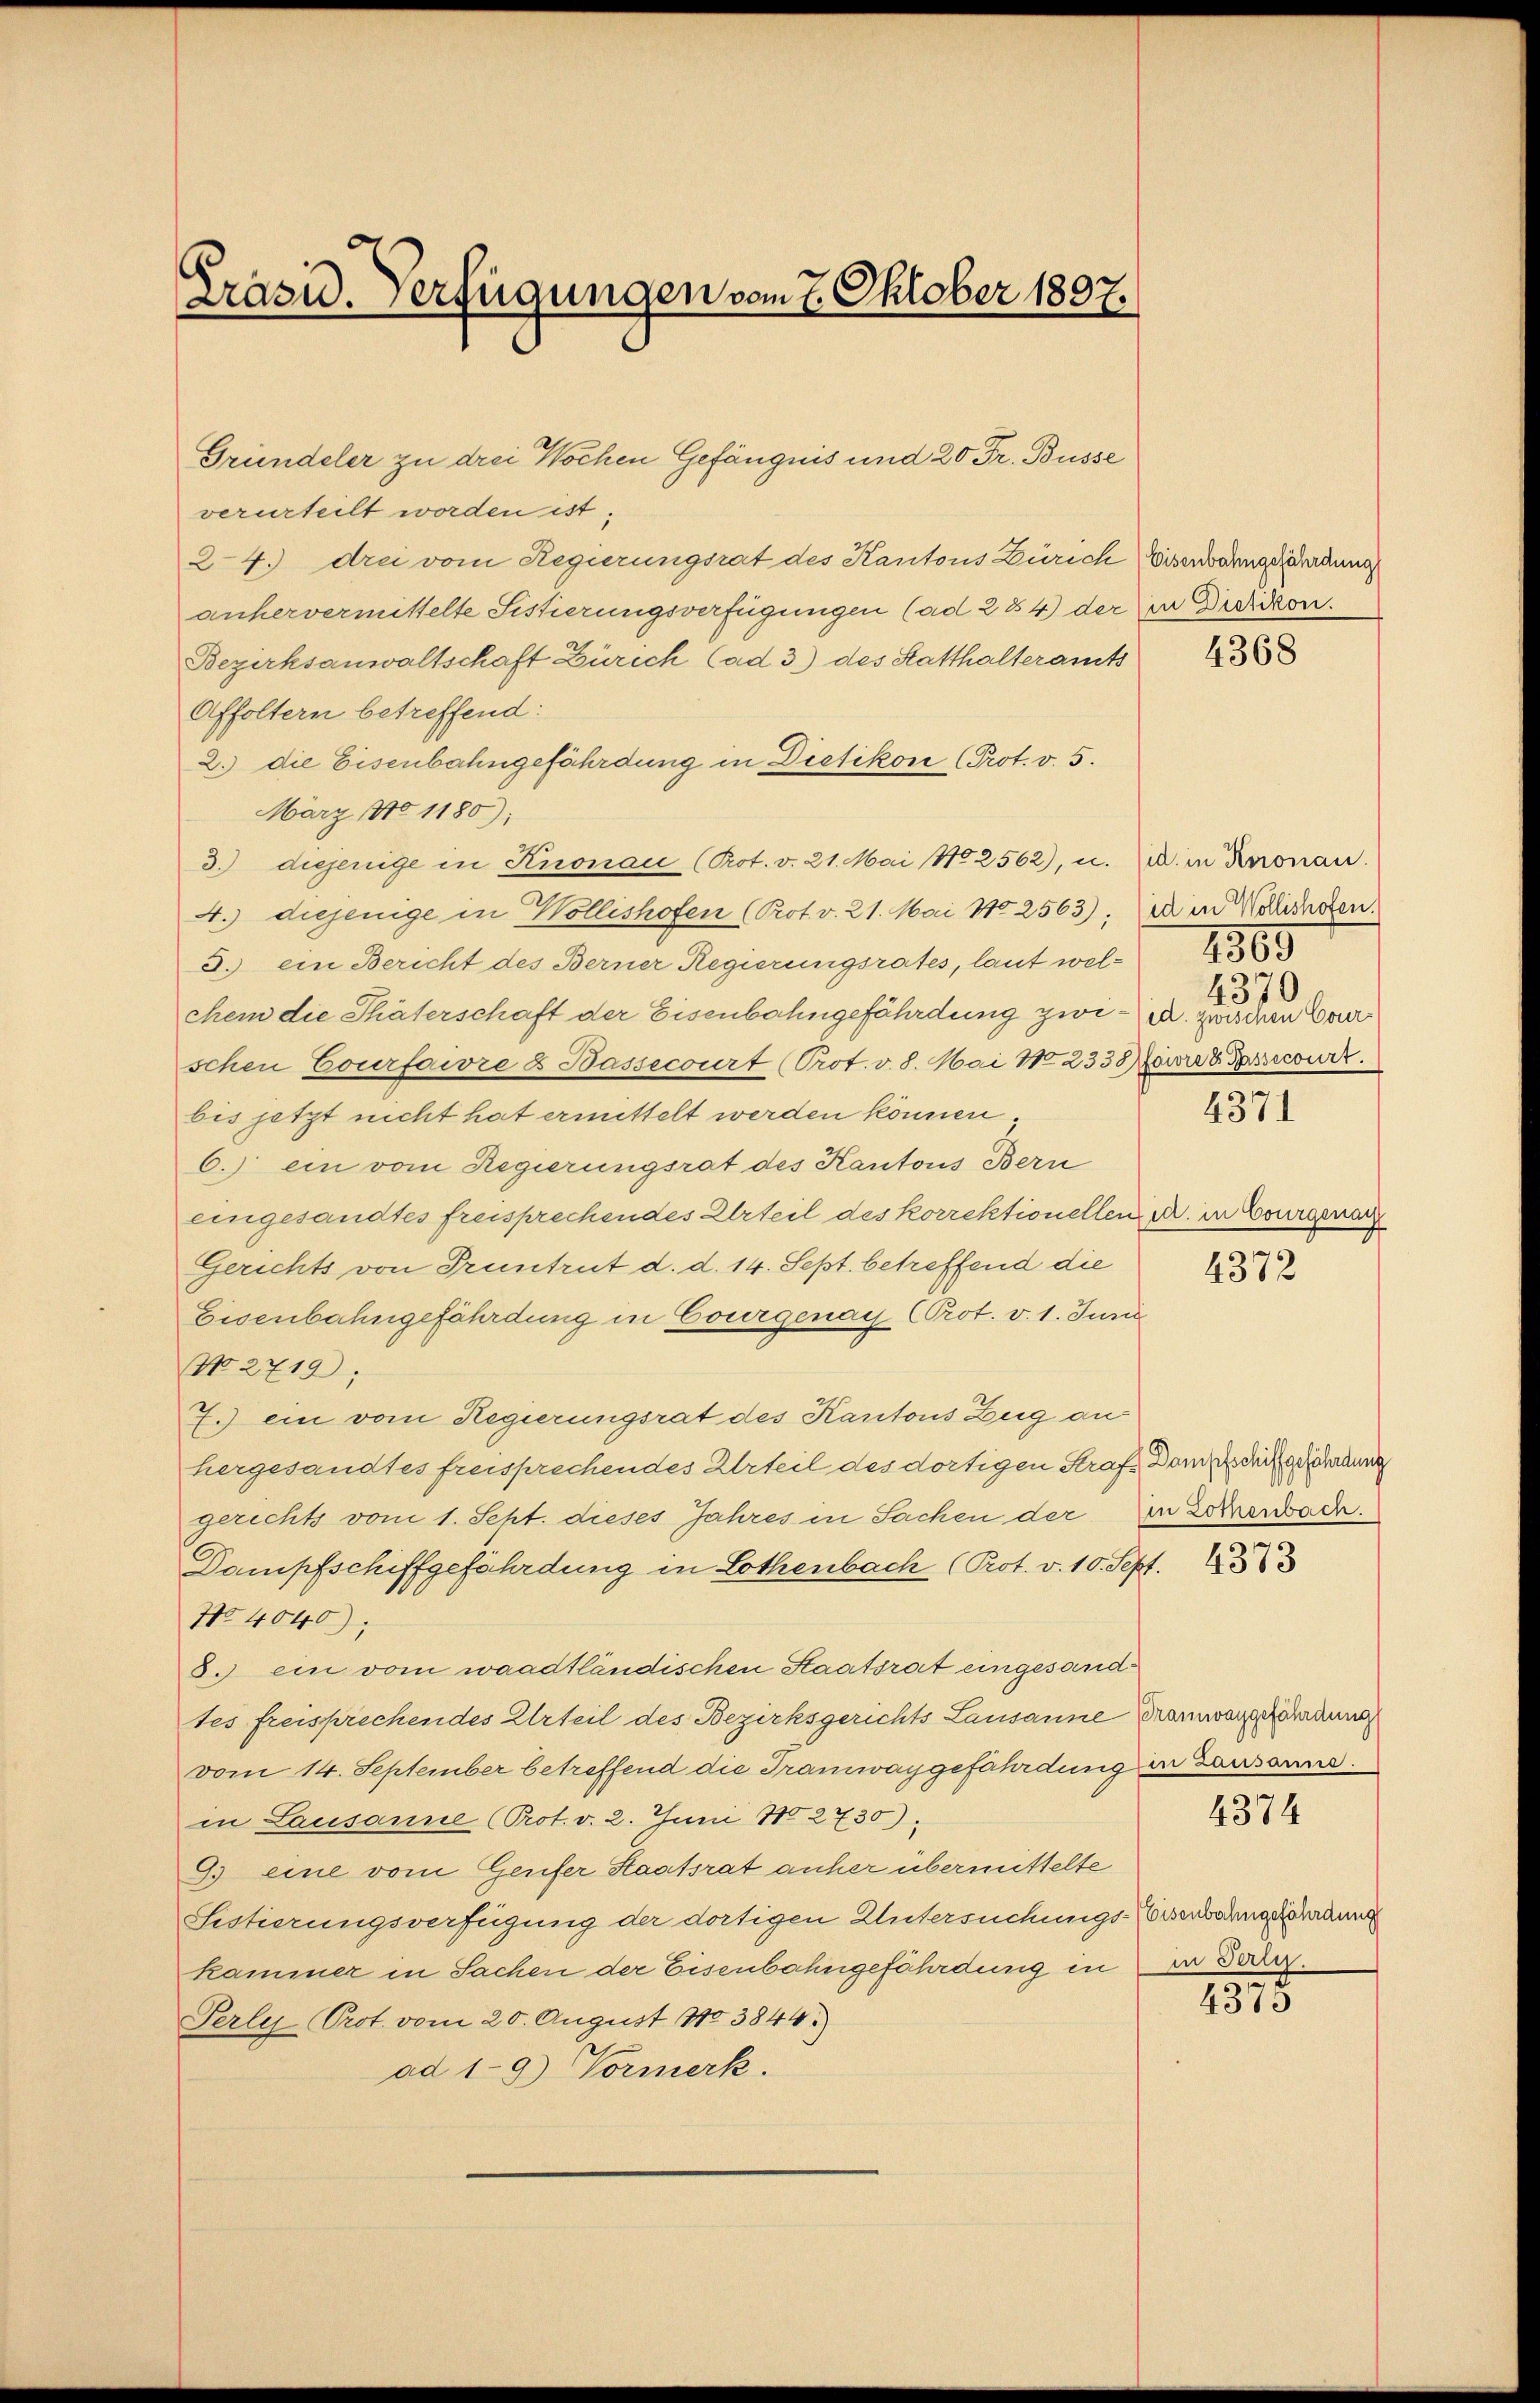
Prazu. Verfügungen vom 7. Oktober 1897.

Gründeler zu drei Wochen Gefängnis und 20 Fr. Busse
verurteilt worden ist.
24.) drei vom Regierungsrat des Kantons Zürich Eisenbarungsordung
anhervermittelte Sistierungsverfügungen (ad 284) der in Dietikon.
Bezirksanwaltschaft Zürich (ad 3) des Statthalteramts
Affoltern betreffend:
2. die Eisenbahngefährdung in Dietikon (Prot. v. 5.
März No 1180);
3.) diejenige in Knonau (Prot. v. 21. Mai 102562), u. 2. in Knonau.
4.) diejenige in Wollishofen (Prot. v. 21. Mai 102563). Die in Welichsten.
3. ein Bericht des Berner Regierungsrates, laut welchem die Thäterschaft der Eisenbahngefährdung zwi u. zwischen Courschen Courfowre & Bassecourt (Prot. v. 8. Mai No 233 Narre & Passecourt.
bis jetzt nicht hat ermittelt werden können.
6.) ein vom Regierungsrat des Kantons Bern
eingesandtes freisprechendes Urteil des korrektionellen u. in Bourgera
Gerichts von Pruntrut d. d. 14. Sept. betreffend die
Eisenbahngefährdung in Courgenau (Prot. v. 1. Juni
No 2719);
7.) ein vom Regierungsrat des Kantons Zug au
hergesandtes freisprechendes Urteil des dortigen Straf Dome der geahndung
gerechts vom 1. Seht. dieses Jahres in Sachen der (in Zolerach.
Dampfschiffgefährdung in Lothenbach (Prot. v. 10. Sept.
No 4040)
8. ein vom waadtländischen Staatsrat eingesandtes freisprechendes Urteil des Bezirksgerichts Lausanne Cramwarzerdung
vom 14. September betreffend die Tramwaygefährdung in Lausanne.
in Lausanne (Prot. v. 2. Juni 180 2730).
9. eine vom Genfer Staatsrat anher übermittelte
Sistierungsverfügung der dortigen Untersuchungs-Eisenbarungsurkung
kammer in Sachen der Eisenbahngefährdung in in oder
Perle Prot. vom 20. August 1910 3844.)
ad 19) Vormerk.

4368

1569
4370

4371

4372

4373

4374

4375